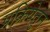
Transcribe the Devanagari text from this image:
प्रक्रियेतुन